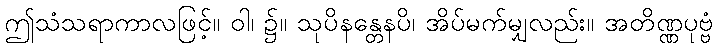
ဤသံသရာကာလဖြင့်။ ဝါ၊ ၌။ သုပိနန္တေနပိ၊ အိပ်မက်မျှလည်း။ အတိဏ္ဏပုဗ္ဗံ